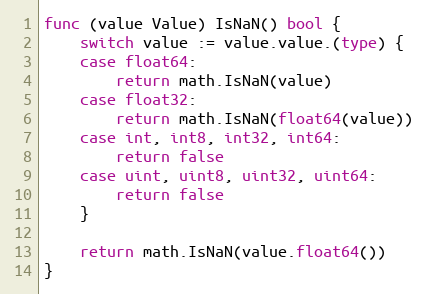
Language: Go
func (value Value) IsNaN() bool {
	switch value := value.value.(type) {
	case float64:
		return math.IsNaN(value)
	case float32:
		return math.IsNaN(float64(value))
	case int, int8, int32, int64:
		return false
	case uint, uint8, uint32, uint64:
		return false
	}

	return math.IsNaN(value.float64())
}